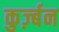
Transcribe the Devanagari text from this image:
कुर्ज़्बन